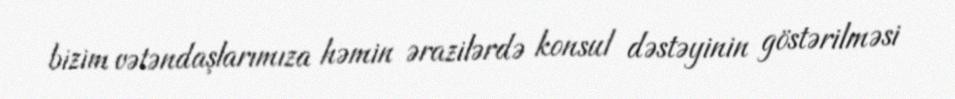
bizim vətəndaşlarımıza həmin ərazilərdə konsul dəstəyinin göstərilməsi